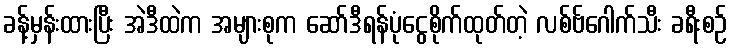
ခန့်မှန်းထားပြီး အဲဒီထဲက အများစုက ဆော်ဒီရန်ပုံငွေစိုက်ထုတ်တဲ့ လစ်ဗ်ဂေါက်သီး ခရီးစဉ်